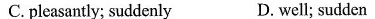
C.pleasantly; suddenly D. well; sudden